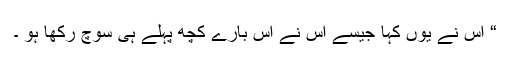
“ اس نے یوں کہا جیسے اس نے اس بارے کچھ پہلے ہی سوچ رکھا ہو ۔